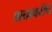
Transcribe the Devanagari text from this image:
शतावरीचे